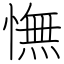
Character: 憮